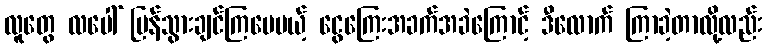
လူတွေ လပေါ် ပြန်သွားချင်ကြပေမယ့် ငွေကြေးအခက်အခဲကြောင့် ဒီလောက် ကြာခဲ့တာလို့လည်း